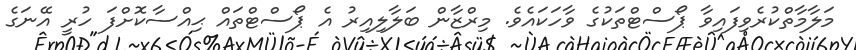
މަލާމާތްކުރެވިފައިވާ ޕޯސްޓްތަކުގެ ވާހަކައެވެ. މިރްޒާން ބަލާލިއިރު އެ ޕޯސްޓްތައް ޙިއްސާކޮށްފަ ހުރީ އޭނަގެ